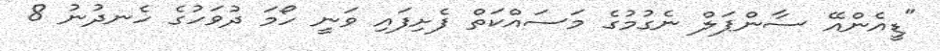
"ޑީއެންއޭ ސާންޕަލް ނެގުމުގެ މަސައްކަތް ފެށިފައި ވަނީ ހޯމަ ދުވަހުގެ ހެނދުނު 8